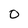
Character: 0